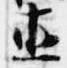
直